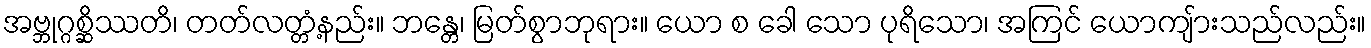
အဗ္ဘုဂ္ဂစ္ဆိဿတိ၊ တတ်လတ္တံ့နည်း။ ဘန္တေ၊ မြတ်စွာဘုရား။ ယော စ ခေါ သော ပုရိသော၊ အကြင် ယောကျ်ားသည်လည်း။